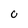
Character: 0